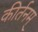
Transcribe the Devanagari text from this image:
कीर्तनम्